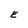
Character: E